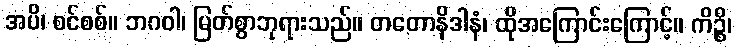
အပိ၊ စင်စစ်။ ဘဂဝါ၊ မြတ်စွာဘုရားသည်။ တတောနိဒါနံ၊ ထိုအကြောင်းကြောင့်။ ကိဉ္စိ၊